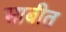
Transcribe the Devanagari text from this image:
साबीत